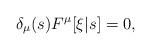
LaTeX: \begin{align*}\delta_\mu(s) F^\mu[\xi|s] = 0,\end{align*}